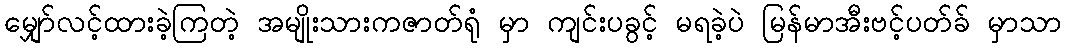
မျှော်လင့်ထားခဲ့ကြတဲ့ အမျိုးသားကဇာတ်ရုံ မှာ ကျင်းပခွင့် မရခဲ့ပဲ မြန်မာအီးဗင့်ပတ်ခ် မှာသာ